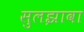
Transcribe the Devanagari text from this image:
सुलझावा